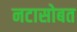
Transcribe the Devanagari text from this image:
नटासोबत